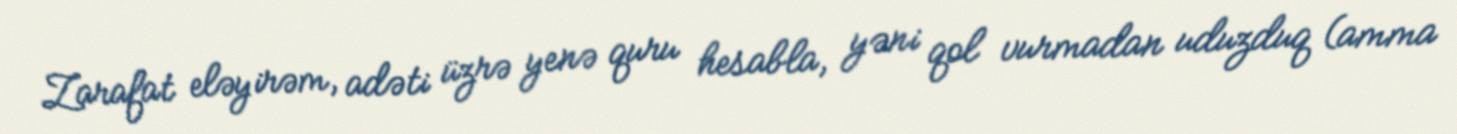
Zarafat eləyirəm, adəti üzrə yenə quru hesabla, yəni qol vurmadan uduzduq (amma